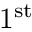
1 ^ { \mathrm { s t } }